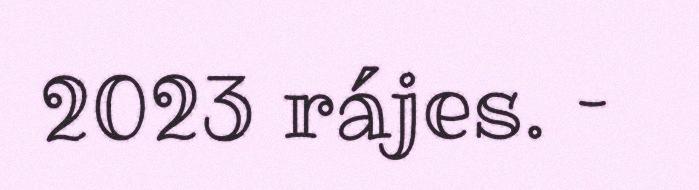
2023 rájes. –